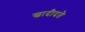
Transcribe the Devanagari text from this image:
खादीदते